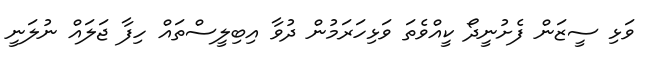
ވަޅި ސީޒަން ފެށުނީދޯ ކީއްވެތަ ވަޅިހަރަމުން ދުވާ އިބިލީސްތައް ހިފާ ޖަލައް ނުލަނީ